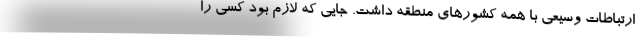
ارتباطات وسیعی با همه کشورهای منطقه داشت. جایی که لازم بود کسی را